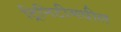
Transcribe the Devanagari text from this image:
ट्रिनिटीमधील